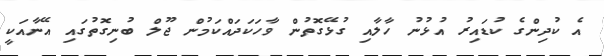
އެ ކުދިންގެ ކުޑައިރު އުޅުނު ހާލާއި ގުޅޭގޮތުން ވާހަކަދައްކަމުން ޖޫލް ބުނިގޮތުގައި އޭނާއަކީ